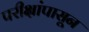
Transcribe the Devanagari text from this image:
परीक्षांपासून